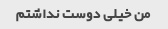
من خیلی دوست نداشتم